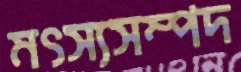
মৎস্যসম্পদ